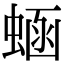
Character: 蜬